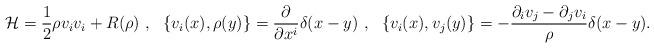
LaTeX: \begin{align*}{\cal H}={1\over 2}\rho v_iv_i +R(\rho )~,~~\{v_i(x),\rho (y)\}={{\partial } \over {\partial x^i}}\delta (x-y)~,~~\{v_i(x),v_j(y)\}= -{{\partial _iv_j-\partial _jv_i}\over {\rho }}\delta (x-y). \end{align*}